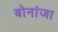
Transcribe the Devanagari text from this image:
बोनांजा